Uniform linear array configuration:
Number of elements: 32
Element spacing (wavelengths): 0.5
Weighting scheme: uniform
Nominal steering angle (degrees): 60
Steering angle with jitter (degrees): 60.32
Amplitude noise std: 0.05
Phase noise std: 0.05

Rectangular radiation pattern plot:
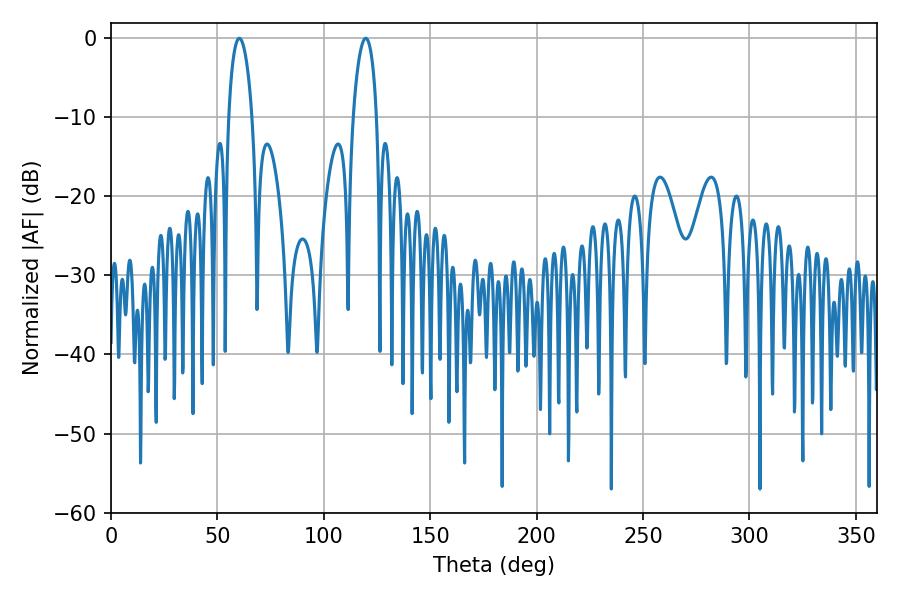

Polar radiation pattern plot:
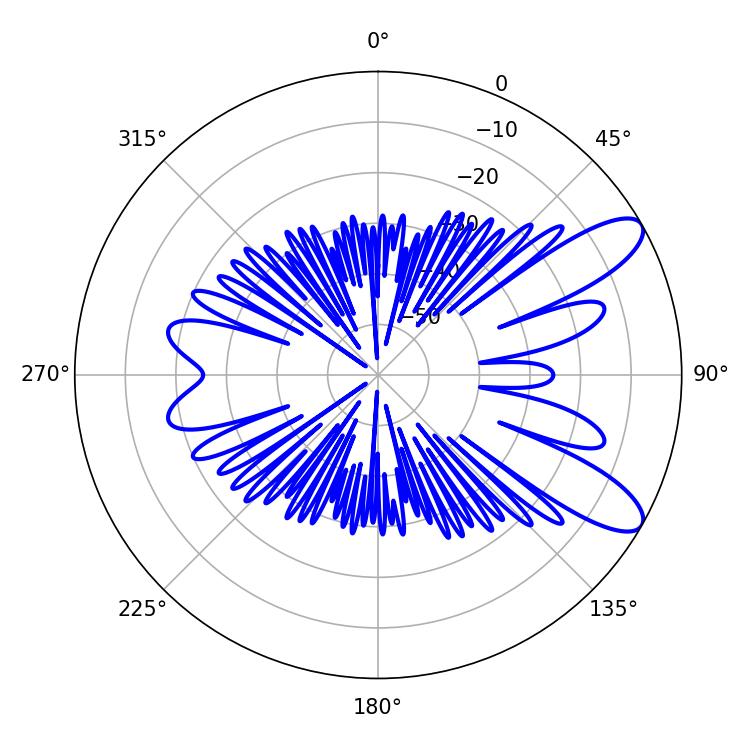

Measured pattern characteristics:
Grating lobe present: FALSE
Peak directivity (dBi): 9.835
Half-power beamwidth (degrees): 6.3
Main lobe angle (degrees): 60.3